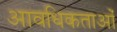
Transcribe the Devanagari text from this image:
आवधिकताओं